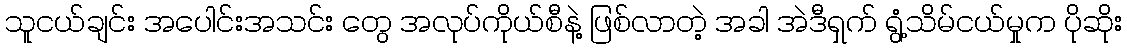
သူငယ်ချင်း အပေါင်းအသင်း တွေ အလုပ်ကိုယ်စီနဲ့ ဖြစ်လာတဲ့ အခါ အဲဒီရှက် ရွံ့သိမ်ငယ်မှုက ပိုဆိုး